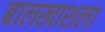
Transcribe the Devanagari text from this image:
बालखाशला